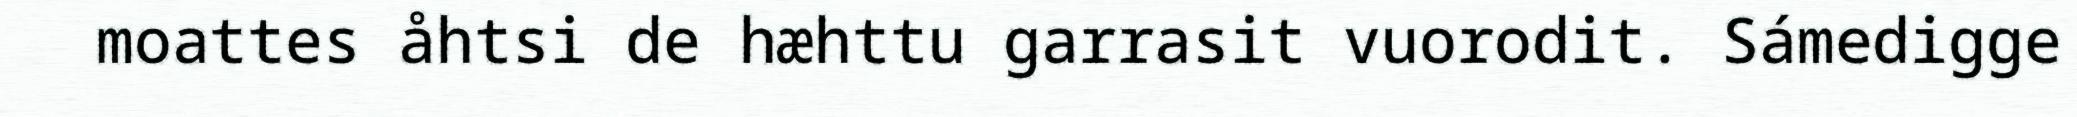
moattes åhtsi de hæhttu garrasit vuorodit. Sámedigge